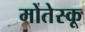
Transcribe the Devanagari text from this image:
मोतेस्कू